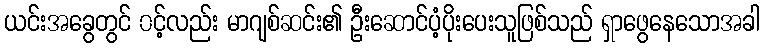
ယင်းအခွေတွင် ၀င့်လည်း မာဂျစ်ဆင်း၏ ဦးဆောင်ပံ့ပိုးပေးသူဖြစ်သည် ရှာဖွေနေသောအခါ